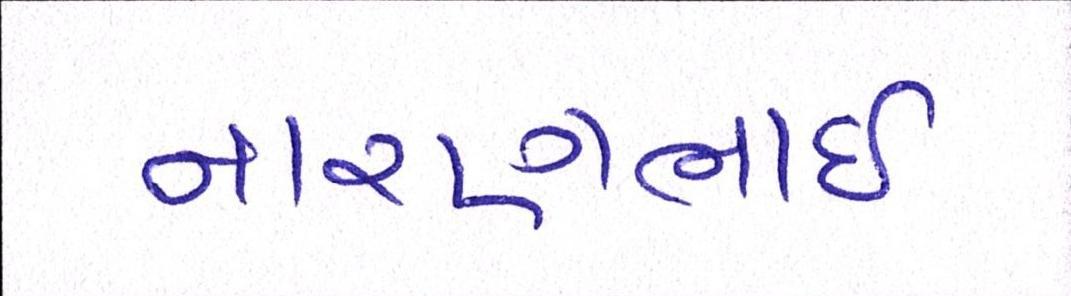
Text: નારણભાઈ